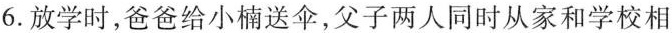
6.放学时，爸爸给小楠送伞，父子两人同时从家和学校相